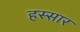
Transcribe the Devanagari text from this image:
हस्सार